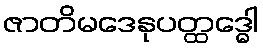
ဇာတိမဒေနုပတ္ထဒ္ဓေါ